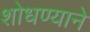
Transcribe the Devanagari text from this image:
शोधण्याने